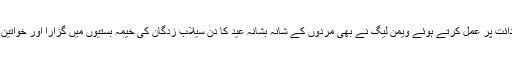
انہوں نے شرکاء کو یہ بھی بتایا کہ قائد تحریک کی ہدائت پر عمل کرتے ہوئے ویمن لیگ نے بھی مردوں کے شانہ بشانہ عید کا دن سیلاب زدگان کی خیمہ بستیوں میں گزارا اور خواتین اور بچوں میں نقدی، عید گفٹس اور تحائف تقسیم کئے۔